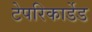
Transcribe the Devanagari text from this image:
टेपरिकार्डेड